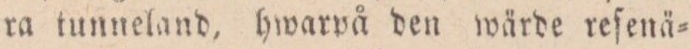
ra tunneland, hwarpå den wärde reſenä=